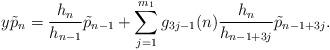
LaTeX: \begin{align*}y\tilde{p}_{n}=\frac{h_{n}}{h_{n-1}}\tilde{p}_{n-1}+\sum_{j=1}^{m_{1}}g_{3j-1}(n)\frac{h_{n}}{h_{n-1+3j}}\tilde{p}_{n-1+3j}.\end{align*}